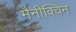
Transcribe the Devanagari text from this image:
मैनीक्विन